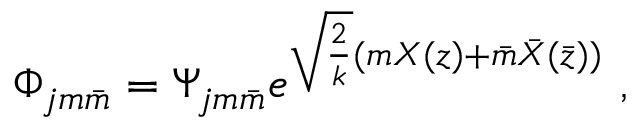
\Phi _ { j m \bar { m } } = \Psi _ { j m \bar { m } } e ^ { \sqrt { \frac { 2 } { k } } ( m X ( z ) + \bar { m } \bar { X } ( \bar { z } ) ) } ~ ,